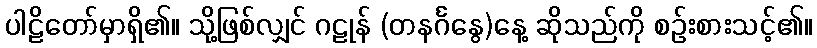
ပါဠိတော်မှာရှိ၏။ သို့ဖြစ်လျှင် ဂဠုန် (တနင်္ဂနွေ)နေ့ ဆိုသည်ကို စဉ်းစားသင့်၏။